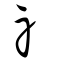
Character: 礻